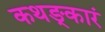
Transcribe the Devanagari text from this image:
कथङ्कारं